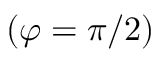
( \varphi = \pi / 2 )